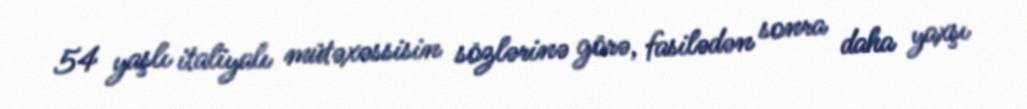
54 yaşlı italiyalı mütəxəssisin sözlərinə görə, fasilədən sonra daha yaxşı